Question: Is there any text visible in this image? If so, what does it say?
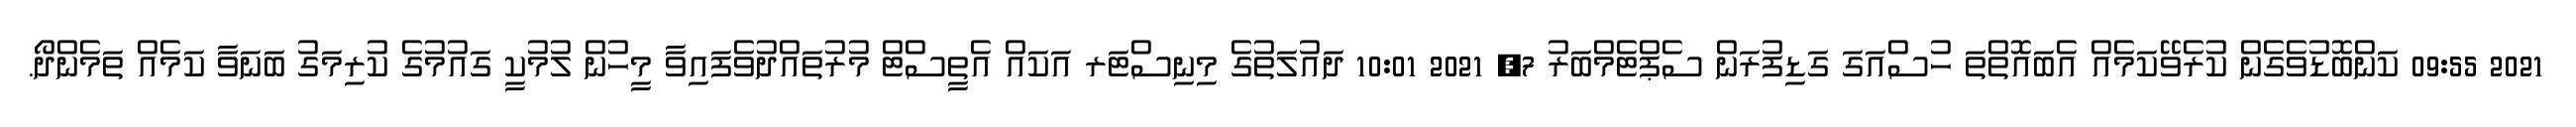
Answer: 2021 09:55 ކަންބޮޑުވެގެން ކުރެވޭކަމެއް އެބައޮތްތަ ހުސްއަގަ ގަޑިފުރަން ސެޕްޓެމްބަރު 7, 2021 10:01 ދައުލަތުގެ މިނިސްޓަރ އަކައް އެތީސްޓް މުރުތައްދުވެފައިވާ މީހުން ލުމުކީ ގައުމުގެ ކުރިމަގު ބަނަވާ ކަމެއް ތަމެންދޯ.